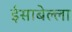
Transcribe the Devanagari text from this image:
ईसाबेल्ला